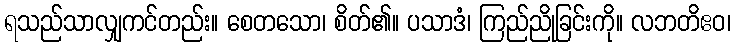
ရသည်သာလျှကင်တည်း။ စေတသော၊ စိတ်၏။ ပသာဒံ၊ ကြည်ညိုခြင်းကို။ လဘတိဧဝ၊